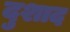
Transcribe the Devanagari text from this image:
दुशाद